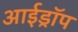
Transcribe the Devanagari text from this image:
आईड्रॉप